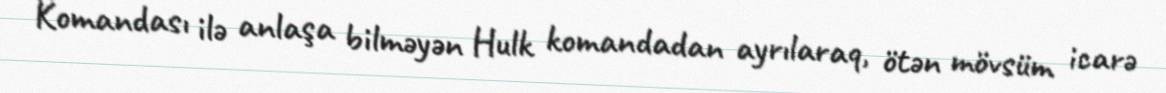
Komandası ilə anlaşa bilməyən Hulk komandadan ayrılaraq, ötən mövsüm icarə